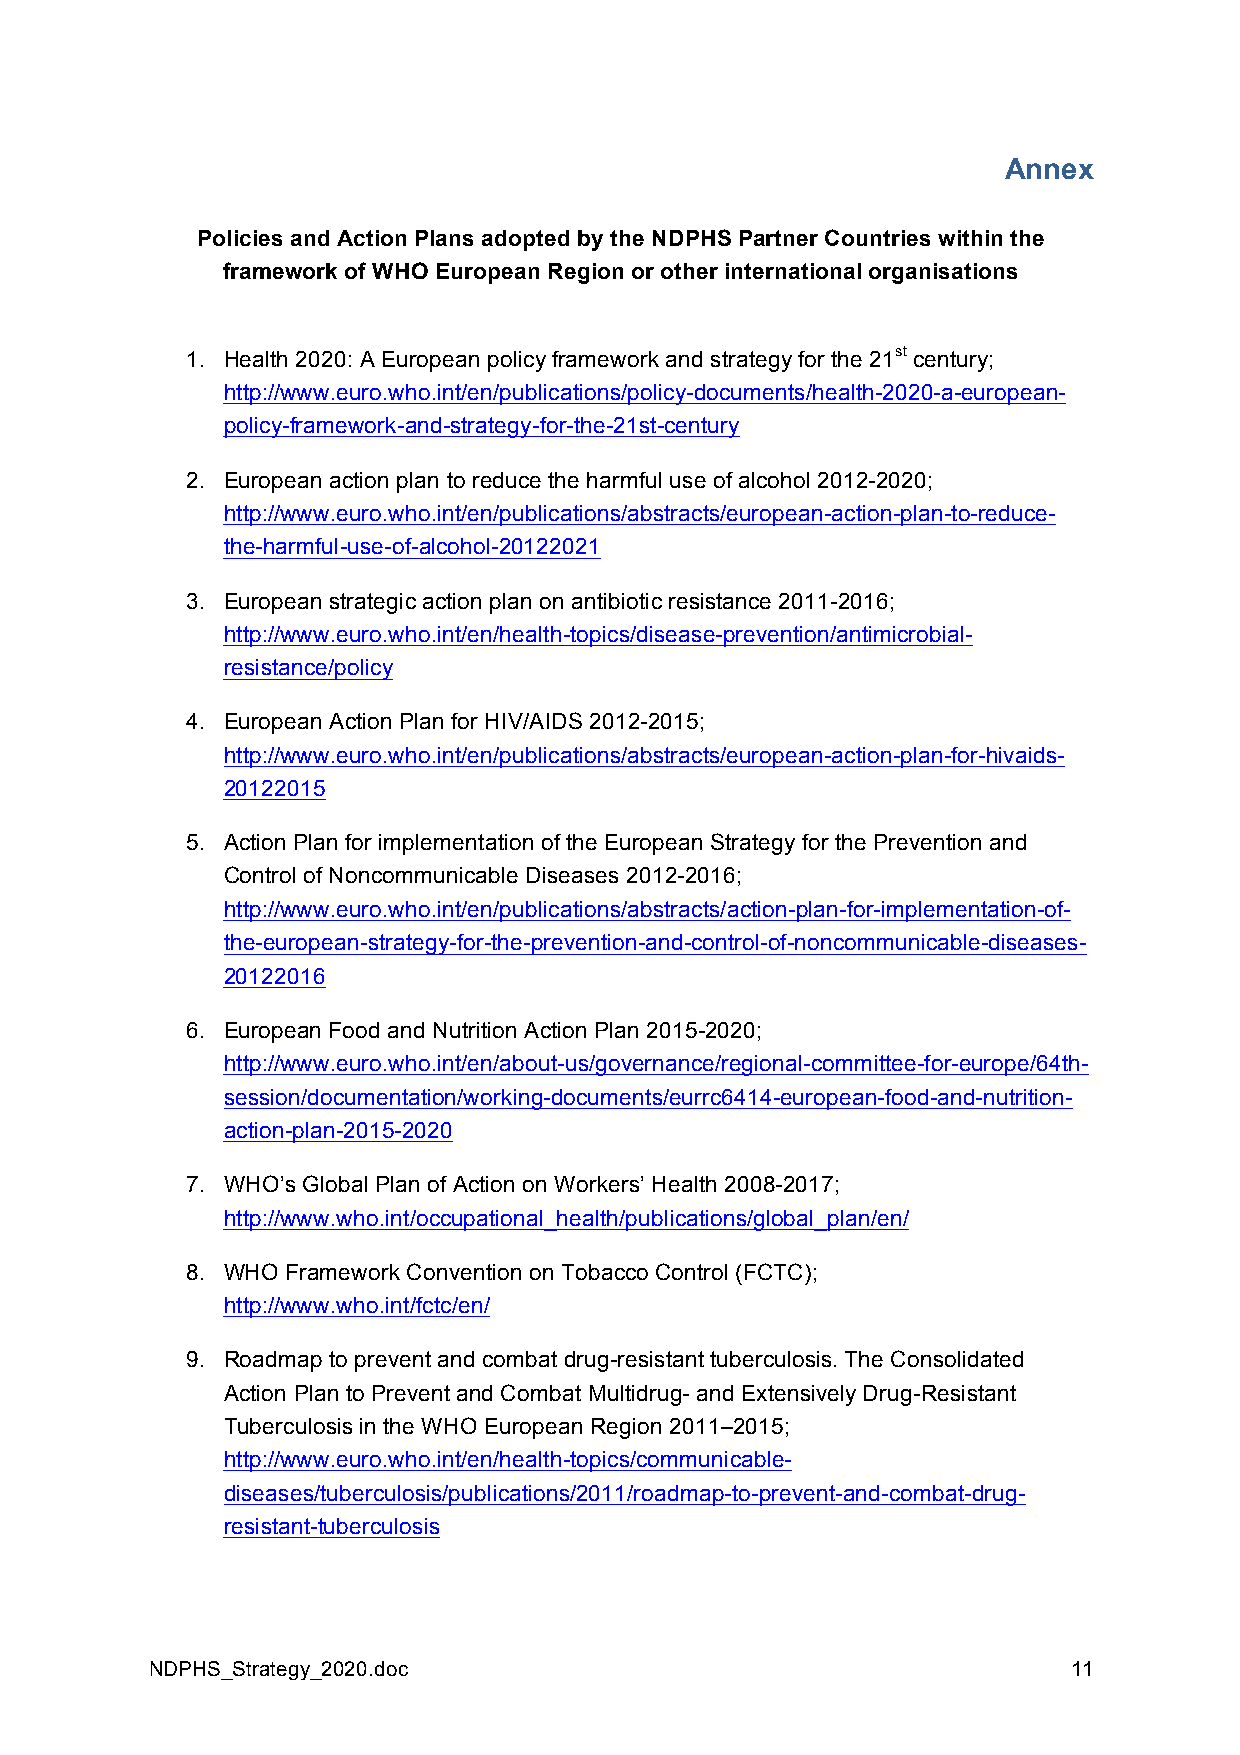
Annex
 Policies and Action Plans adopted by the NDPHS Partner Countries within the
 framework of WHO European Region or other international organisations
 1. Health 2020: A European policy framework and strategy for the 21st century;
 http://www.euro.who.int/en/publications/policy-documents/health-2020-a-european-
 policy-framework-and-strategy-for-the-21st-century
 2. European action plan to reduce the harmful use of alcohol 2012-2020;
 http://www.euro.who.int/en/publications/abstracts/european-action-plan-to-reduce-
 the-harmful-use-of-alcohol-20122021
 3. European strategic action plan on antibiotic resistance 2011-2016;
 http://www.euro.who.int/en/health-topics/disease-prevention/antimicrobial-
 resistance/policy
 4. European Action Plan for HIV/AIDS 2012-2015;
 http://www.euro.who.int/en/publications/abstracts/european-action-plan-for-hivaids-
 20122015
 5. Action Plan for implementation of the European Strategy for the Prevention and
 Control of Noncommunicable Diseases 2012-2016;
 http://www.euro.who.int/en/publications/abstracts/action-plan-for-implementation-of-
 the-european-strategy-for-the-prevention-and-control-of-noncommunicable-diseases-
 20122016
 6. European Food and Nutrition Action Plan 2015-2020;
 http://www.euro.who.int/en/about-us/governance/regional-committee-for-europe/64th-
 session/documentation/working-documents/eurrc6414-european-food-and-nutrition-
 action-plan-2015-2020
 7. WHO’s Global Plan of Action on Workers’ Health 2008-2017;
 http://www.who.int/occupational_health/publications/global_plan/en/
 8. WHO Framework Convention on Tobacco Control (FCTC);
 http://www.who.int/fctc/en/
 9. Roadmap to prevent and combat drug-resistant tuberculosis. The Consolidated
 Action Plan to Prevent and Combat Multidrug- and Extensively Drug-Resistant
 Tuberculosis in the WHO European Region 2011–2015;
 http://www.euro.who.int/en/health-topics/communicable-
 diseases/tuberculosis/publications/2011/roadmap-to-prevent-and-combat-drug-
 resistant-tuberculosis
 NDPHS_Strategy_2020.doc                                      11